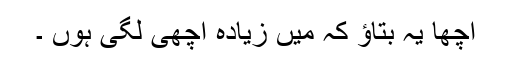
اچھا یہ بتاؤ کہ میں زیادہ اچھی لگی ہوں ۔